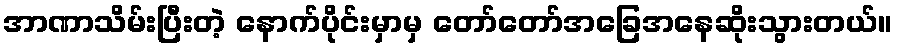
အာဏာသိမ်းပြီးတဲ့ နောက်ပိုင်းမှာမှ တော်တော်အခြေအနေဆိုးသွားတယ်။